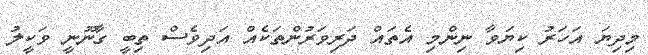
މިދިޔަ އަހަރު ކިޔަވާ ނިންމި އެތައް ދަރިވަރުންތަކެއް އަދިވެސް ތިބީ ގާނޫނީ ވަކީލު